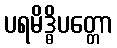
ပရမိဒ္ဓိပတ္တော